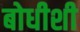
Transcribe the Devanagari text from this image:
बोधीशी